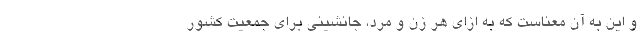
و این به آن معناست که به ازای هر زن و مرد، جانشینی برای جمعیت کشور